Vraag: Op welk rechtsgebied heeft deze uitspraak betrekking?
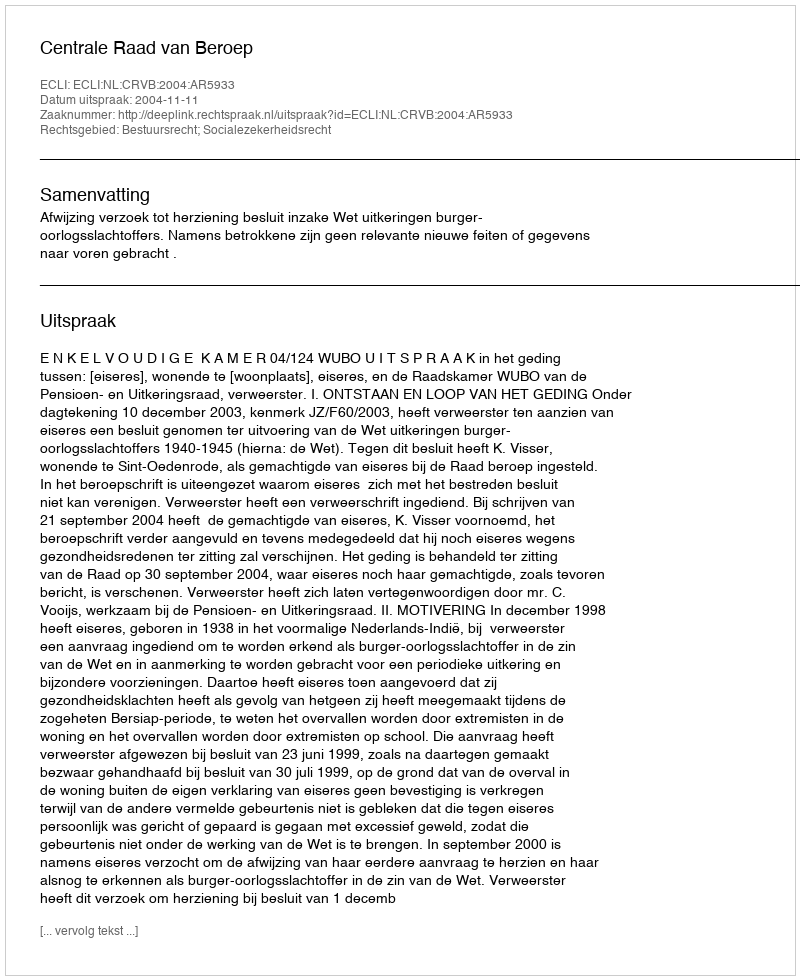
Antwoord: Bestuursrecht; Socialezekerheidsrecht